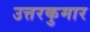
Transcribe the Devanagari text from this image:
उत्तरकुमार